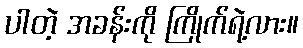
ပါတဲ့ အခန်းကို ကြိုက်ရဲ့လား။